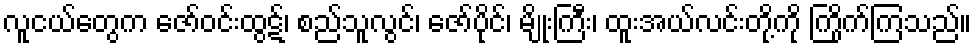
လူငယ်တွေက ဇော်ဝင်းထွဋ်၊ စည်သူလွင်၊ ဇော်ပိုင်၊ မျိုးကြီး၊ ထူးအယ်လင်းတို့ကို ကြိုက်ကြသည်။